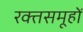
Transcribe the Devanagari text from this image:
रक्तसमूहों